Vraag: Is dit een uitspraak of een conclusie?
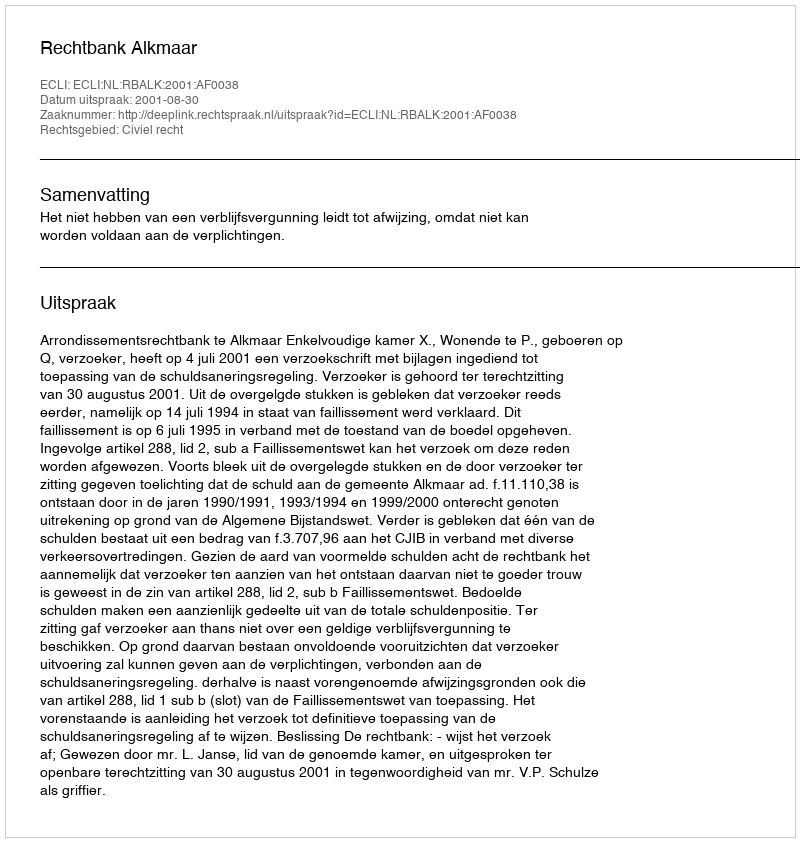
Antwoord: Uitspraak